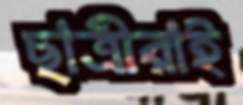
ছাত্রীরাই